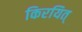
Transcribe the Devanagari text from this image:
किरयित्